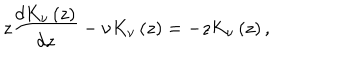
LaTeX: z \frac { d K _ { \nu } \left( z \right) } { d z } - \nu K _ { \nu } \left( z \right) = - z K _ { \nu } \left( z \right) ,